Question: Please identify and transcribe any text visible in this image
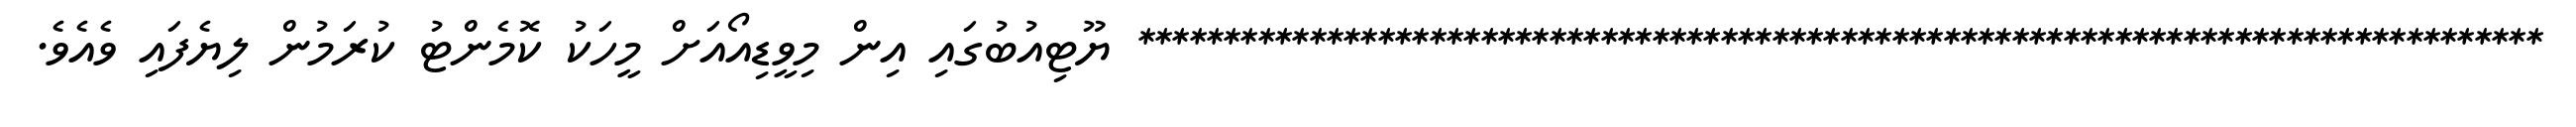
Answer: ********************************************************************************** ޔޫޓިއުބުގައި އިން މިވީޑިއޯއަށް މީހަކު ކޮމެންޓު ކުރަމުން ލިޔެފައި ވެއެވެ.